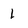
Character: 1